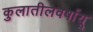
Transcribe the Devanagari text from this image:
कुलातीलवर्षायू